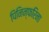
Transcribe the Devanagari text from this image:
पिनिन्फरिना